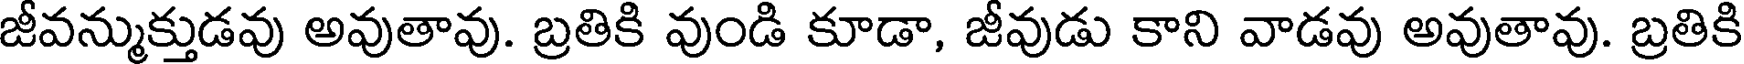
జీవన్ముక్తుడవు అవుతావు. బ్రతికి వుండి కూడా, జీవుడు కాని వాడవు అవుతావు. బ్రతికి